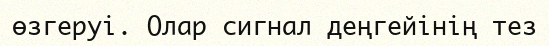
өзгеруі. Олар сигнал деңгейінің тез